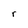
Character: r